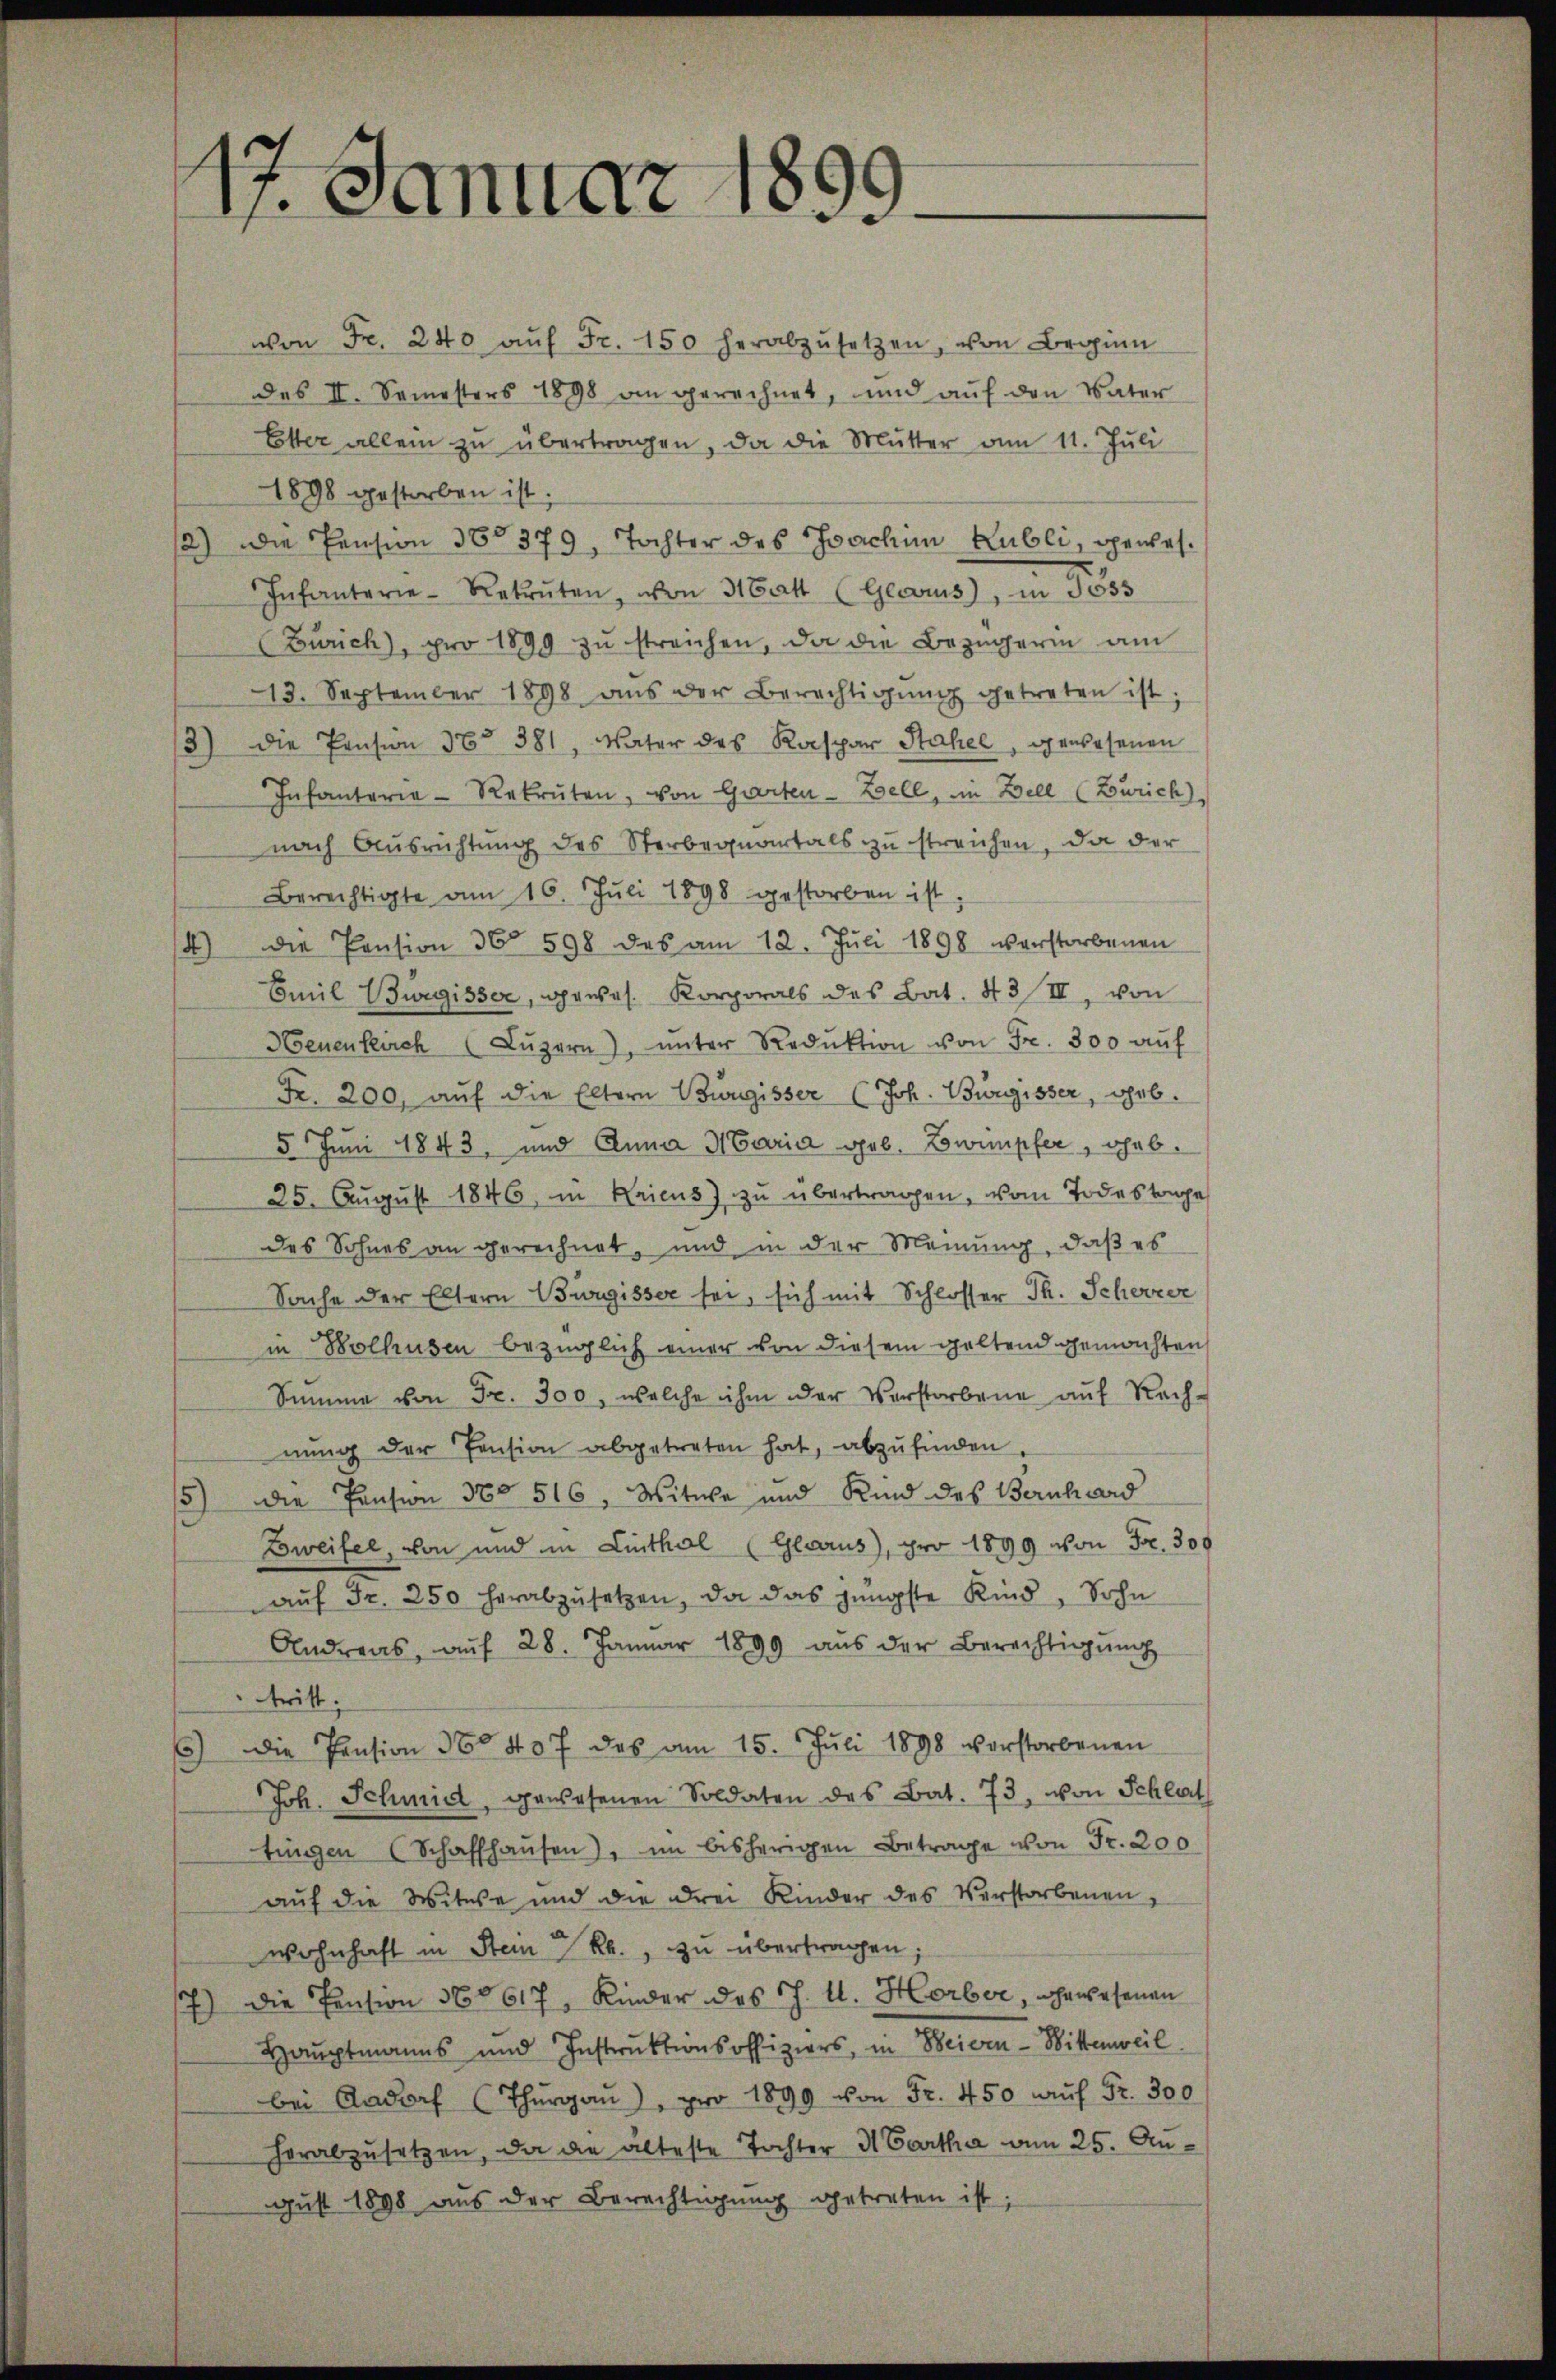
17. Januar 18
)

von Fr. 240 aŭf Fr. 150 herabzŭsetzen, von Beginn
des II. Semesters 1898 an gerechnet, und aŭf den Vater
Etter allein zu übertragen, da die Mutter am 11. Juli
1898 gestorben ist.
12) Die Pension 380379, Tochter des Joachim Lubli, gewes
e
Infanterie-Rekruten, von 31 Batt (Geous), in Joss
Zürich), pro 1899 zu streichen, da die Bezügerin am
13. September 1898 aŭs der Berechtigŭng getreten ist.
3) die Pension 36° 381, Vater des Kaspar Stahel, gewesenen
Infanterie-Rekruten, von Garten - Zell, im Zell (Zürich),
nach Ausrichtung des Sterbequartals zu streichen, da der
Berechtigte am 16. Juli 1898 gestorben ist.
4) Die Pension 36. 598 des am 12. Jŭli 1898 verstorbenen
Emil Burgisser, gewes. Korporals des Bat. 43 III, von
Heuenkirch (Lŭzern), ŭnter Reduktion von Fr. 300 aŭf
Fr. 200, auf die Eltern Bürgisser (Joh. Burgisser, geb.
5 Juni 1843, und Anna Maria geb. Borempfer, ohnb.
25. August 1846, in Kricus zu übertragen, vom Todestrage
des Sohnes an gerechnet, und in der Meinung, daß es
Sache der Eltern Bürgisser sei, sich mit Schlosser Th. Scherer
in Bolhusen bezüglich einer von diesem geltend gemachten
Summe von Fr. 300, welche ihm der Verstorbene aŭf Rach-
nŭng der Pension abgetreten hat, abzufinden.
5) die Pension No 516, Witwe und Kind des Bernhard
Zweifel, von und in Linthal (Glarus, pro 1899 von Fr. 300
aŭf Fr. 250 herabzŭsetzen, da das jüngste Kind, Sohn
Andreas, auf 28. Januar 1899 aŭs der Berechtigŭng
tritt.
) die Pension 35 407 des am 15. Jŭli 1898 verstorbenen
Joh. Schmid, gewesenen Soldaten des Bat. 73, von Schlat
tingen (Schaffhaŭsen), im bisherigen Betrage von Fr. 200
auf die Witwe und die drei Kinder des Verstorbenen,
wohnhaft in Stein 7 Rk., zu übertragen;
7) Die Pension 360 617, Kinder des J. U. Horber, ehrwesenen
Hauptmanns und Instruktionsoffiziers, in Beisen-Wittenweil
bei Aadorf (Thŭrg), pro 1899 von Fr. 450 auf Fr. 300
herabzŭsetzen, da die älteste Tochter dartha am 25. August 1898 aus der Berechtigung getreten ist;